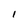
Character: I